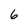
Character: 6